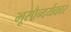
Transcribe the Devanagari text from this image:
भूसौन्दर्यकार